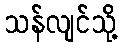
သန်လျင်သို့